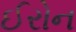
ઈરોન